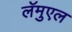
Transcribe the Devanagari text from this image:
लॅमुएल